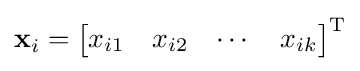
\mathbf {x} _{i}={\begin{bmatrix}x_{i1}&x_{i2}&\cdots &x_{ik}\end{bmatrix}}^{\operatorname {T} }